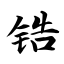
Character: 锆